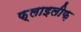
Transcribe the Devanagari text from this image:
फ़्लाइलीफ़